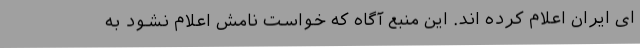
ای ایران اعلام کرده اند. این منبع آگاه که خواست نامش اعلام نشود به